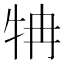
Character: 𤘼